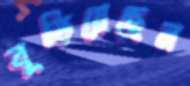
বুড়িয়েছেন